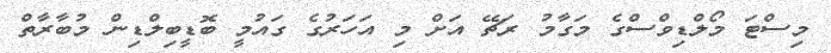
މިސްޓަ މޯލްޑިވްސްގެ މަގާމު ރަޗޭ އަށް މި އަހަރުގެ ގައުމީ ބޮޑީބިލްޑިން މުބާރާތް